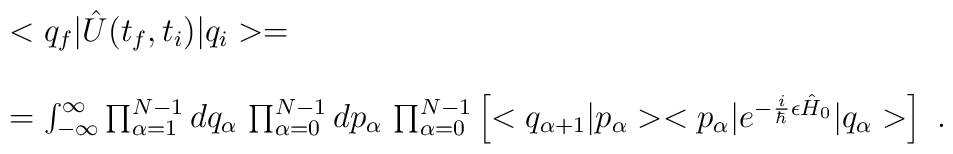
\begin{array}{r l}&<q_f|\hat{U}(t_f,t_i)|q_i>= \\ & \\&=\int_{-\infty}^\infty\prod_{\alpha=1}^{N-1}dq_\alpha\,\prod_{\alpha=0}^{N-1}dp_\alpha\,\prod_{\alpha=0}^{N-1}\left[<q_{\alpha+1}|p_\alpha><p_\alpha|e^{-\frac{i}{\hbar}\epsilon\hat{H}_0}|q_\alpha>\right]\ .\end{array}